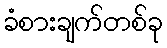
ခံစားချက်တစ်ခု